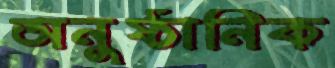
অনুষ্ঠানিক